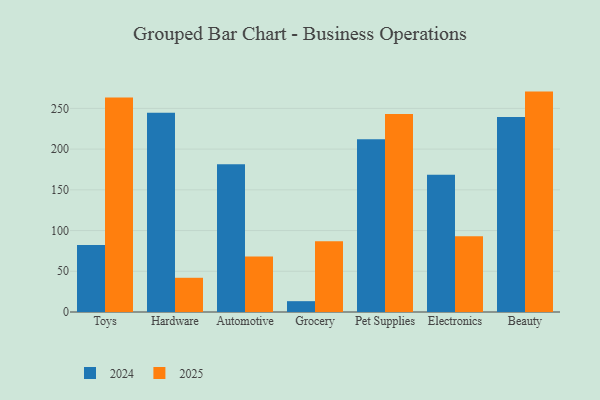
{"axis": {"x": "Category", "y": "Operating Costs (USD K)"}, "legend": ["2024", "2025"], "data": [{"x": "Toys", "y": 263.5, "type": "2025"}, {"x": "Toys", "y": 82.4, "type": "2024"}, {"x": "Hardware", "y": 42.0, "type": "2025"}, {"x": "Hardware", "y": 244.7, "type": "2024"}, {"x": "Automotive", "y": 68.1, "type": "2025"}, {"x": "Automotive", "y": 181.5, "type": "2024"}, {"x": "Grocery", "y": 87.0, "type": "2025"}, {"x": "Grocery", "y": 13.3, "type": "2024"}, {"x": "Pet Supplies", "y": 243.2, "type": "2025"}, {"x": "Pet Supplies", "y": 212.2, "type": "2024"}, {"x": "Electronics", "y": 93.1, "type": "2025"}, {"x": "Electronics", "y": 168.4, "type": "2024"}, {"x": "Beauty", "y": 270.6, "type": "2025"}, {"x": "Beauty", "y": 239.3, "type": "2024"}]}